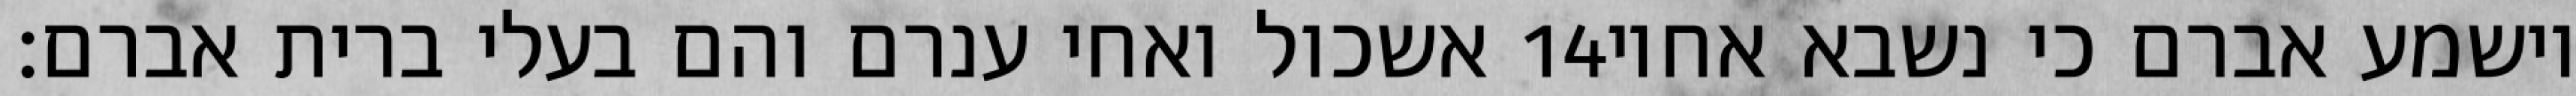
אשכול ואחי ענרם והם בעלי ברית אברם׃ ‎14‏ וישמע אברם כי נשבא אחיו